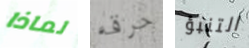
لماذا حرقه التنبؤ